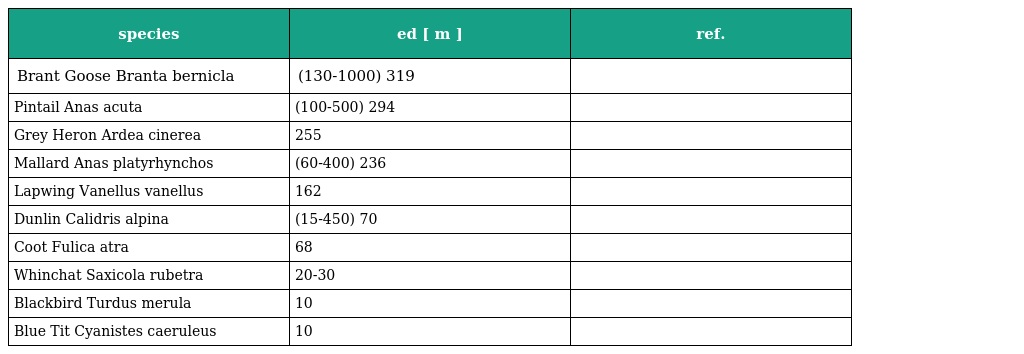
| species | ed [ m ] | ref. |
 | --- | --- | --- |
 | Brant Goose Branta bernicla | (130-1000) 319 |  |
 | Pintail Anas acuta | (100-500) 294 |  |
 | Grey Heron Ardea cinerea | 255 |  |
 | Mallard Anas platyrhynchos | (60-400) 236 |  |
 | Lapwing Vanellus vanellus | 162 |  |
 | Dunlin Calidris alpina | (15-450) 70 |  |
 | Coot Fulica atra | 68 |  |
 | Whinchat Saxicola rubetra | 20-30 |  |
 | Blackbird Turdus merula | 10 |  |
 | Blue Tit Cyanistes caeruleus | 10 |  |